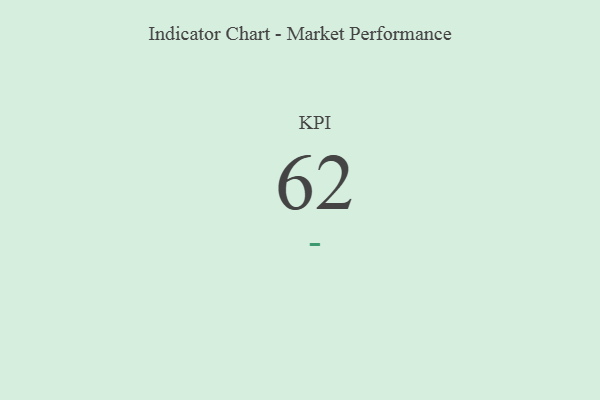
{"axis": {"x": "KPI", "y": "Value"}, "legend": [""], "data": [{"x": "KPI", "y": 62, "type": ""}]}